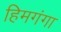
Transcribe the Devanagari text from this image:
हिमगंगा